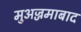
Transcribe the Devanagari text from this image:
मुअज्जमाबाद